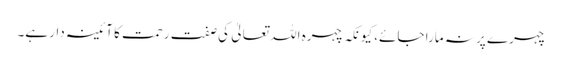
چہرے پر نہ مارا جائے، کیونکہ چہرہ اللہ تعالیٰ کی صفت رحمت کا آئینہ دار ہے۔